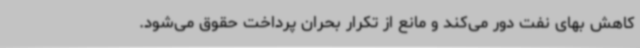
کاهش بهای نفت دور می‌کند و مانع از تکرار بحران پرداخت حقوق می‌شود.